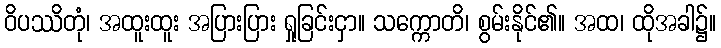
ဝိပဿိတုံ၊ အထူးထူး အပြားပြား ရှုခြင်းငှာ။ သက္ကောတိ၊ စွမ်းနိုင်၏။ အထ၊ ထိုအခါ၌။